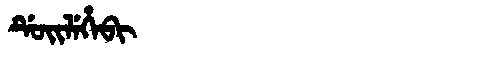
Manchu: ᡩᡠᡳᠯᡝᡥᡝᠪᡳ
Romanization: DUILEHEBI